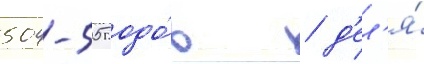
504-505 годо́в / д'ел'я́